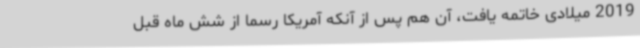
2019 میلادی خاتمه یافت، آن هم پس از آنکه آمریکا رسما از شش ماه قبل